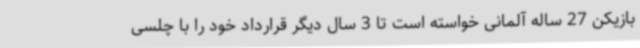
بازیکن 27 ساله آلمانی خواسته است تا 3 سال دیگر قرارداد خود را با چلسی